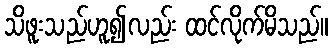
သိဖူးသည်ဟူ၍လည်း ထင်လိုက်မိသည်။